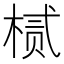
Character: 𬃘